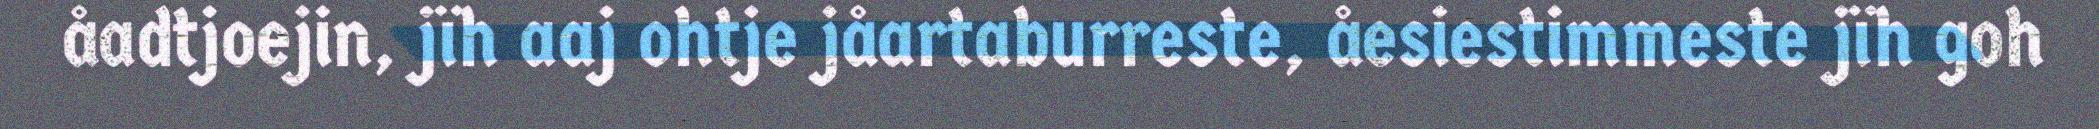
åadtjoejin, jïh aaj ohtje jåartaburreste, åesiestimmeste jïh goh